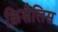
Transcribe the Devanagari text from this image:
क्रिसैलिस